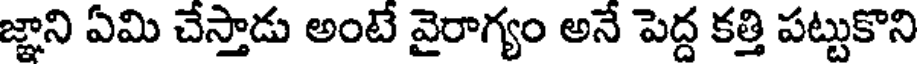
జ్ఞాని ఏమి చేస్తాడు అంటే వైరాగ్యం అనే పెద్ద కత్తి పట్టుకొని